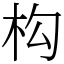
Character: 构